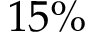
1 5 \%